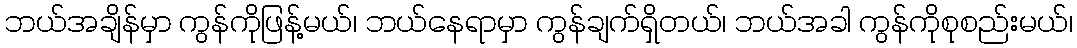
ဘယ်အချိန်မှာ ကွန်ကိုဖြန့်မယ်၊ ဘယ်နေရာမှာ ကွန်ချက်ရှိတယ်၊ ဘယ်အခါ ကွန်ကိုစုစည်းမယ်၊